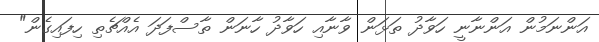
އަންނަމުން އަންނާނީ ހަވާދު ތަޅަން ވާނާއި ހަވާދު ހާނަން ތާސްފަދަ އެއްޗެތި ހިފައިގެން"